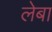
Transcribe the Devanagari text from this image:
लेबा